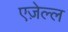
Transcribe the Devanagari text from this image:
एज़ेल्ल